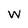
Character: w